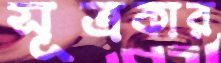
সূত্রকার